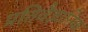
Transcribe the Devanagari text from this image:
प्रतिवैज्ञानिक